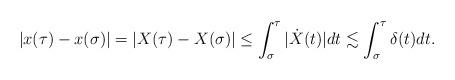
LaTeX: \begin{align*}|x(\tau) -x(\sigma)| = |X(\tau) -X(\sigma)| \le \int_\sigma^\tau |\dot{X}(t)| dt \lesssim \int_{\sigma}^\tau \delta(t)dt.\end{align*}